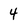
Character: 4